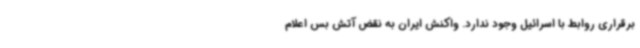
برقراری روابط با اسرائیل وجود ندارد. واکنش ایران به نقض آتش بس اعلام